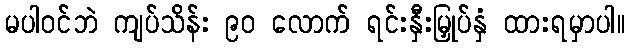
မပါဝင်ဘဲ ကျပ်သိန်း ၉၀ လောက် ရင်းနှီးမြှုပ်နှံ ထားရမှာပါ။